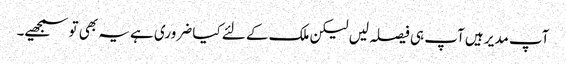
آپ مدیر ہیں آپ ہی فیصلہ لیں لیکن ملک کے لئے کیا ضروری ہے یہ بھی تو سمجھیے۔